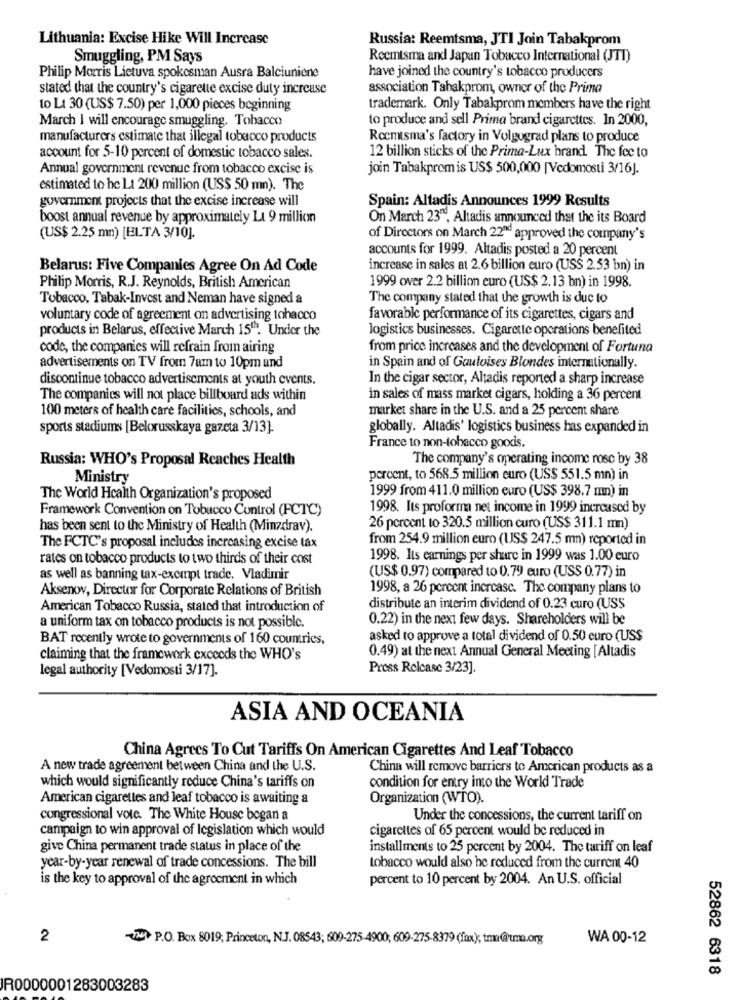
Lithuania: Excise Hike Will Increase
Russia: Reemtsma, JTI Join Tabakprom
Smuggling, PM Says
Reemtsma and Japan Tobacco International (JTI)
have joined the country's tobacco producers
Philip Morris Lietuva spokesman Ausra Balciuniene
stated that the country's cigarette excise duty increase
association Tahakprom, owner of the Prima
to L1 30 (US$ 7.50) per 1,000 pieces beginning
trademark. Only Tabakprom members have the right
March I will encourage smuggling. Tobacco
to produce and sell Prima brand cigarettes. In 2000,
manufacturers estimate that illegal tobacco products
Recmisma's factory in Volgograd plans to produce
12 billion sticks of the Prima-Lux brand. The fee to
account for 5-10 percent of domestic tobacco sales.
Annual government revenue from tobacco excise is
join Tabakpromis US$ 500,000 [Vedomosti 3/16].
estimated to be Lt 200 million (US$ 50 mn). The
government projects that the excise increase will
Spain: Altadis Announces 1999 Results
boost annual revenue by approximately Lt 9 million
On March 23", Altadis announced that the its Board
(US$ 2.25 mm) [ELTA 3/10].
of Directors on March 22" approved the company's
accounts for 1999. Altadis posted a 20 percent
Belarus: Five Companies Agree On Ad Code
increase in sales at 2.6 billion euro (US$ 2.53 bn) in
1999 over 2.2 billion euro (US$ 2.13 bn) in 1998.
Philip Morris, R.J. Reynolds, British American
Tobacco, Tabak-Invest and Neman have signed a
The company stated that the growth is due to
voluntary code of agreement on advertising tobacco
favorable performance of its cigarettes, cigars and
products in Belarus, effective March 15"". Under the
logistics businesses. Cigarette operations benefited
code, the companies will refrain from airing
from price increases and the development of Fortuna
advertisements on TV from 7am to 10pm and
in Spain and of Gauloises Blondes internationally.
discontinue tobacco advertisements at youth events.
In the cigar sector, Altadis reported a sharp increase
The companies will not place billboard ads within
in sales of mass market cigars, holding a 36 percent
100 meters of health care facilities, schools, and
market share in the U.S. and a 25 percent share
sports stadiums [Belorusskaya gazeta 3/13].
globally. Altadis' logistics business has expanded in
France to non-tobacco goods.
Russia: WHO's Proposal Reaches Health
The company's operating income rose by 38
Ministry
porcent, to 568.5 million euro (US$ 551.5 mn) in
1999 from 411.0 million euro (US$ 398.7 mm) in
The World Health Organization's proposed
Framework Convention on Tobacco Control (FCTC)
1998. Its proforma net income in 1999 increased by
has been sent to the Ministry of Health (Minzdrav).
26 percent to 320.5 million curo (US$ 311.1 mm)
from 254.9 million euro (US$ 247.5 mm) reported in
The FCTC's proposal includes increasing excise tax
rates on tobacco products to two thirds of their cost
1998. Its earnings per share in 1999 was 1.00 euro
as well as banning tax-exempt trade. Vladimir
(US$ 0.97) compared to 0.79 euro (US$ 0.77) in
Aksenov, Director for Corporate Relations of British
1998, a 26 percent increase. The company plans to
American Tobacco Russia, stated that introduction of
distribute an interim dividend of 0.23 curo (USS
0.22) in the next few days. Shareholders will be
a uniform tax on tobacco products is not possible.
BAT recently wrote to governments of 160 countries,
asked to approve a total dividend of 0.50 euro (US$
0.49) at the next Annual General Meeting [Altadis
claiming that the framework exceeds the WHO's
legal authority [Vedomosti 3/17].
Press Release 3/23].
ASIA AND OCEANIA
China Agrees To Cut Tariffs On American Cigarettes And Leaf Tobacco
A new trade agreement between China and the U.S.
China will remove barriers to American products as a
which would significantly reduce China's tariffs on
condition for entry into the World Trade
American cigarettes and leaf tobacco is awaiting a
Organization (WTO).
congressional vole. The White House began a
Under the concessions, the current tariff on
campaign to win approval of legislation which would
cigarettes of 65 percent would be reduced in
give China permanent trade status in place of the
installments to 25 percent by 2004. The tariff on leaf
year-by-year renewal of trade concessions. The bill
tobacco would also be reduced from the current 40
is the key to approval of the agreement in which
percent to 10 percent by 2004. An U.S. official
2
-UN> P.O. Box 8019; Princeton, N.J. 08543; 609-275-4900; 609-275-8379 (fax); tm@um.org
WA 00-12
52862 6318
R0000001283003283